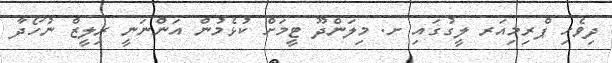
ދިވެހި ޕްރިމިއަރ ލީގުގައި ށ. މިލަންދޫ ޓީމަށް ކުޅެމުން އަންނަނީ ރިލީޒް ނުހޯދާ